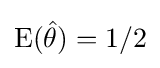
\mathrm {E} ({\hat {\theta }})=1/2